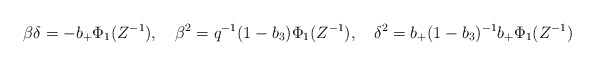
\begin{align*}\beta\delta = - b_+ \Phi_1(Z^{-1}), \quad \beta^2 = q^{-1}(1-b_3)\Phi_1(Z^{-1}), \quad \delta^2 = b_+(1-b_3)^{-1}b_+ \Phi_1(Z^{-1})\end{align*}